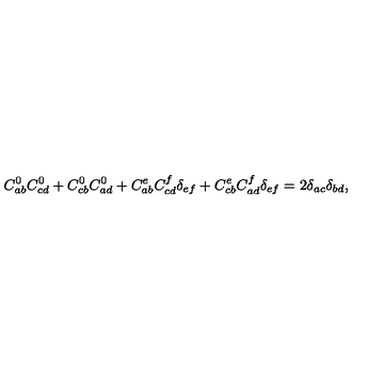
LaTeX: C _ { a b } ^ { 0 } C _ { c d } ^ { 0 } + C _ { c b } ^ { 0 } C _ { a d } ^ { 0 } + C _ { a b } ^ { e } C _ { c d } ^ { f } \delta _ { e f } + C _ { c b } ^ { e } C _ { a d } ^ { f } \delta _ { e f } = 2 \delta _ { a c } \delta _ { b d } ,